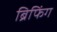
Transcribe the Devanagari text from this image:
ब्रिफिंग